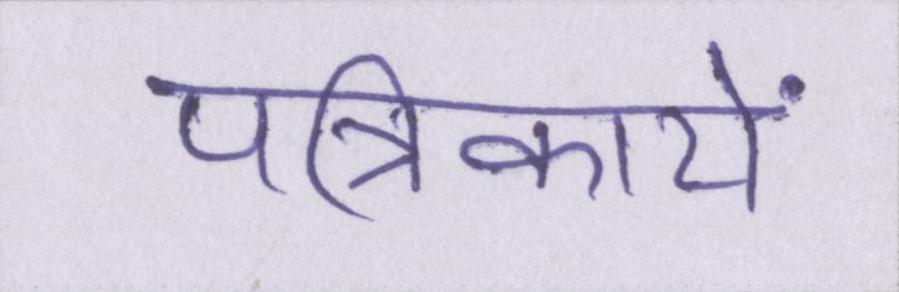
पत्रिकायें